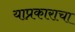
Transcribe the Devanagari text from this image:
याप्रकाराचा